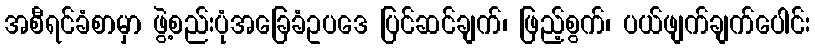
အစီရင်ခံစာမှာ ဖွဲ့စည်းပုံအခြေခံဥပဒေ ပြင်ဆင်ချက်၊ ဖြည့်စွက်၊ ပယ်ဖျက်ချက်ပေါင်း